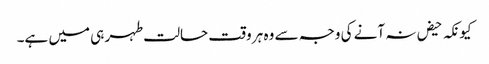
کیونکہ حیض نہ آنے کی وجہ سے وہ ہر وقت حالت طہر ہی میں ہے۔